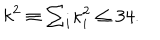
k ^ { 2 } \equiv \textstyle { \sum _ { i } } \kappa _ { i } ^ { 2 } \leq 3 4 .